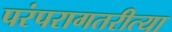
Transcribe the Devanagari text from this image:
परंपरागतरीत्या